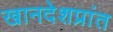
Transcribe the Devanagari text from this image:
खानदेशप्रांत